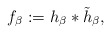
\begin{align*}f_\beta := h_\beta * \tilde{h}_\beta,\end{align*}